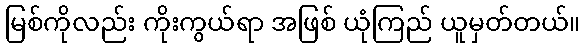
မြစ်ကိုလည်း ကိုးကွယ်ရာ အဖြစ် ယုံကြည် ယူမှတ်တယ်။